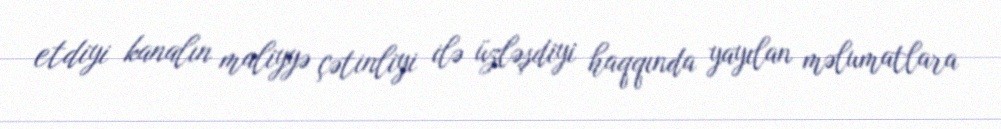
etdiyi kanalın maliyyə çətinliyi ilə üzləşdiyi haqqında yayılan məlumatlara